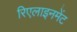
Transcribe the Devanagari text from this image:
रिएलाइनमेंट